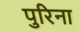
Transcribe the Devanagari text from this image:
पुरिना